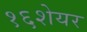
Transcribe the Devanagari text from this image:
१६शेयर